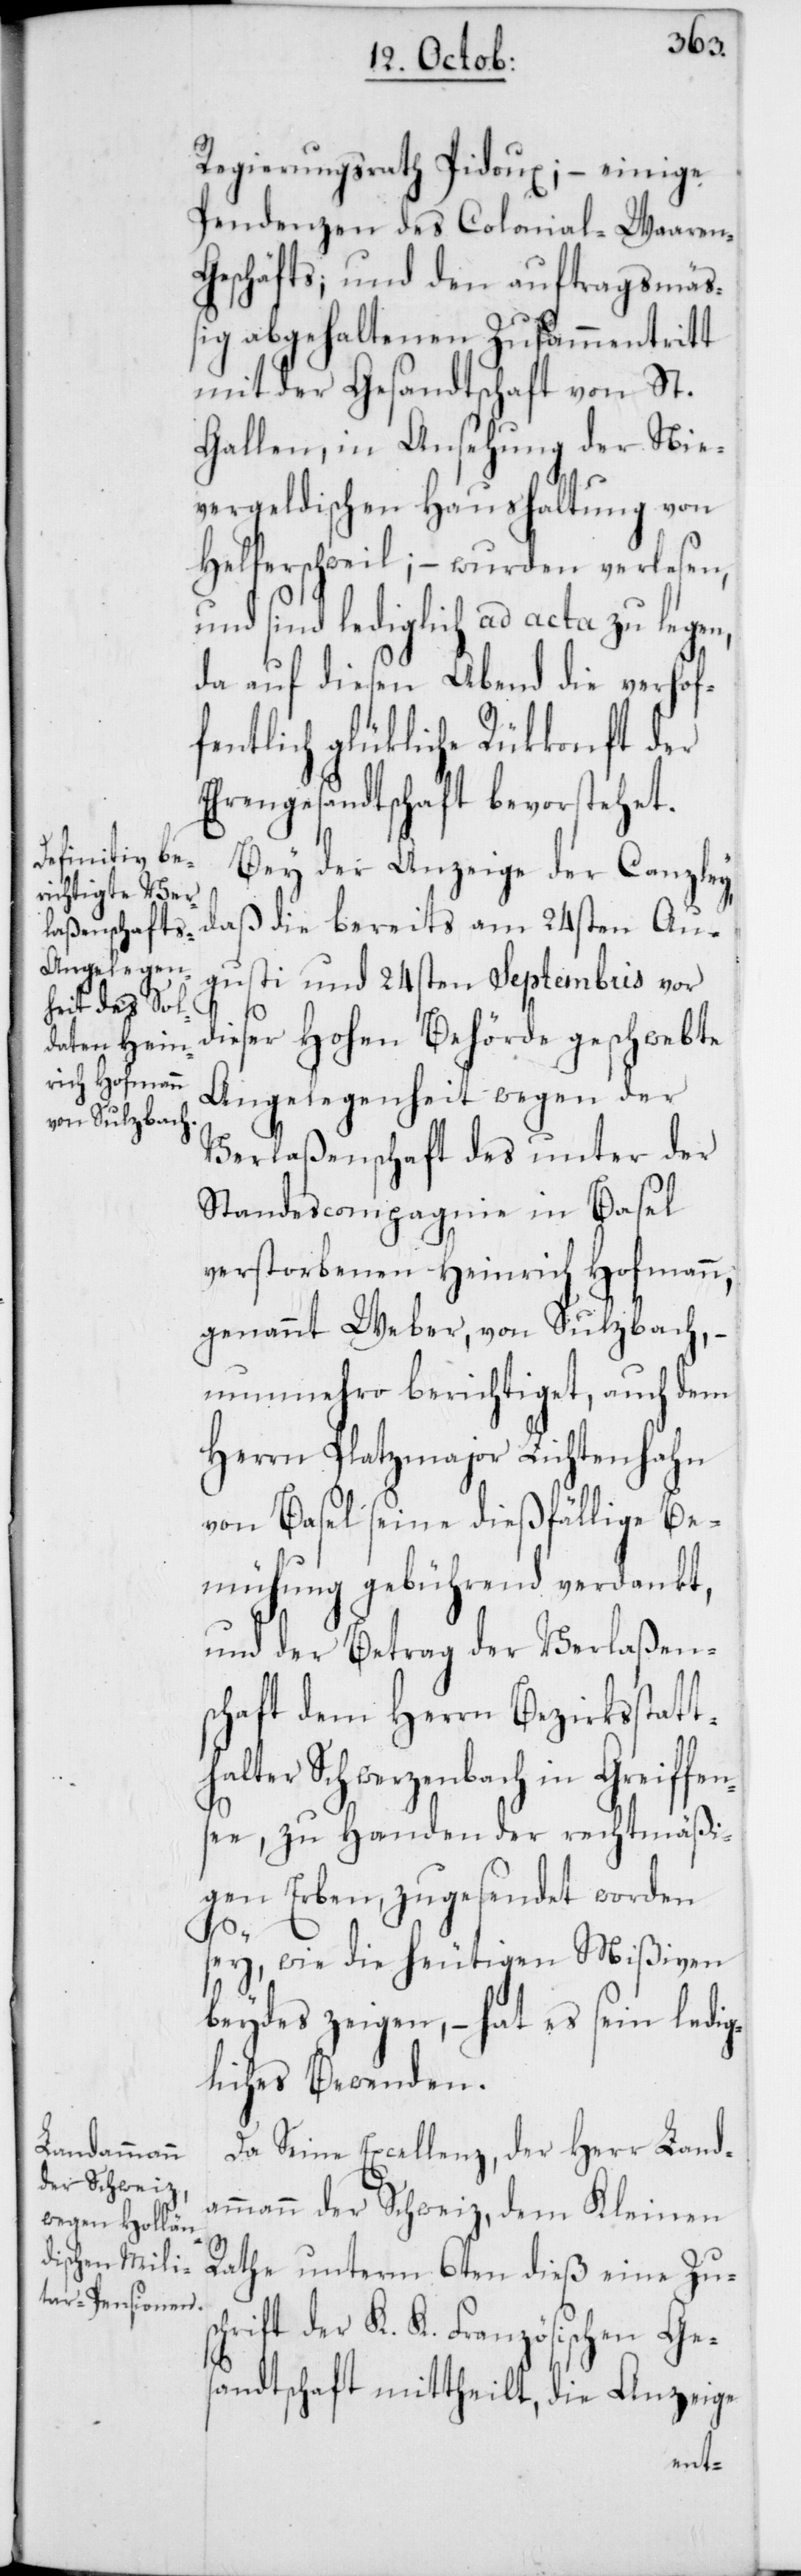
th¬
Regierungsrath Pidoux; – einige
Pendenzen des Colonial-Waaren-G¬
eschäfts; und den auftragsmäß¬
ig abgehaltenen Zusammentritt
mit der Gesandtschaft von St.
Gallen, in Ansehung der Nie¬
vergeldischen Haushaltung von
Helferschweil; – wurden verlesen,
und sind lediglich ad acta zu legen,
da auf diesen Abend die verhof¬
fentlich glükliche Rükkonft der
Ehrengesandtschaft bevorstehet.
Bey der Anzeige der Canzley,
daß die bereits am 24sten Au¬
gusti und 24sten Septembris vor
dieser Hohen Behörde geschwebte
Angelegenheit wegen der
Verlaßenschaft des unter der
Standescompagnie in Basel
verstorbenen Heinrich Hofmann,
genannt Weber, von Sulzbach,
nunmehro berichtiget, auch dem
Herrn Platzmajor Lichtenhahn
von Basel seine dießfällige Be¬
mühung gebührend verdankt,
und der Betrag der Verlaßen¬
schaft dem Herrn Bezirksstat¬
alter Schwerzenbach in Greiffen¬
see, zu Handen der rechtmäßi¬
gen Erben, zugesendet worden
sey, wie die heutigen Mißiven
beydes zeigen, – hat es sein ledig¬
liches Bewenden.
Da Seine Excellenz, der Herr Land¬
ammann der Schweiz, dem Kleinen
Rathe unterm 6ten dieß eine Zus¬
chrift der K. K. Französischen Ge¬
sandtschaft mittheilt, die Anzeige